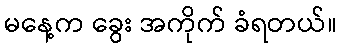
မနေ့က ခွေး အကိုက် ခံရတယ်။